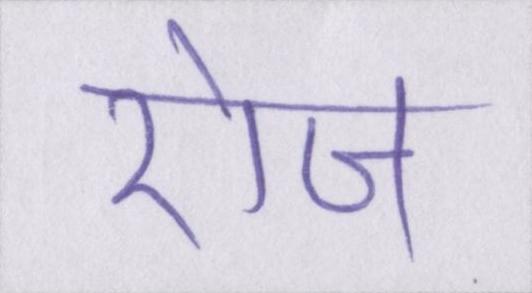
रोज